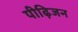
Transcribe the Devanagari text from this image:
पीढ़िजन